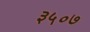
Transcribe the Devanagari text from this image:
३५०७